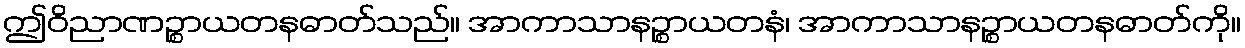
ဤဝိညာဏဉ္စာယတနဓာတ်သည်။ အာကာသာနဉ္စာယတနံ၊ အာကာသာနဉ္စာယတနဓာတ်ကို။